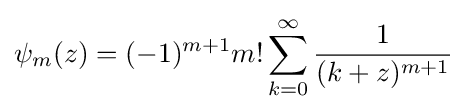
\psi _{m}(z)=(-1)^{m+1}m!\sum _{k=0}^{\infty }{\frac {1}{(k+z)^{m+1}}}